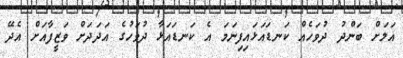
އަލަށް ބަންދު ދުވަހެއް ކަނޑައަޅައިފިނަމަ އެ ކަނޑައަޅާ ދުވަހުގެ އަދަދަށް ވަޒީފާއަށް އެދޭ